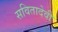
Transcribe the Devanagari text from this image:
सवितादेवी